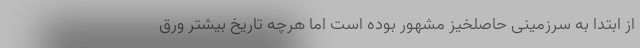
از ابتدا به سرزمینی حاصلخیز مشهور بوده است اما هرچه تاریخ بیشتر ورق